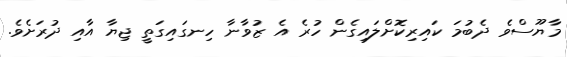
މާޔޫސްވެ ދެބުމަ ކައިރިކޮށްލައިގެން ހުރެ އެ ޒުވާނާ ހިނގައިގަތީ ޖިޔާ އާއި ދުރަށެވެ.